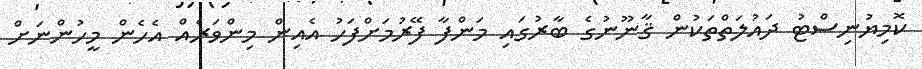
ކޮމިޔުނިސްޓު ދައުލަތްތަކުން ޤާނޫނުގެ ބާރުގައި މަންފާ ފޭރުމަށްފަހު އެއިން މިންވަރެއް އެހެން މީހުންނަށް